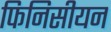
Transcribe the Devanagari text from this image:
फिनिसीयन